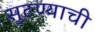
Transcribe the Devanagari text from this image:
सुटण्याची